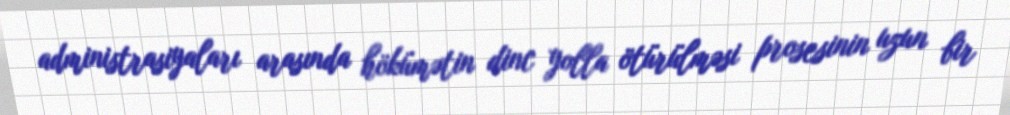
administrasiyaları arasında hökümətin dinc yolla ötürülməsi prosesinin uzun bir